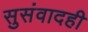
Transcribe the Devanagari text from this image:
सुसंवादही